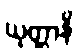
ယုတ္တာနိ